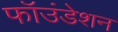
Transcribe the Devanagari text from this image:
फॉउंडेशन